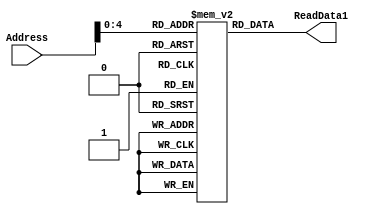
`timescale 1ns / 1ps
//////////////////////////////////////////////////////////////////////////////////
// Company: 
// Engineer: 
// 
// Design Name: 
// Module Name: IMem
// Project Name: 
// Target Devices: 
// Tool Versions: 
// Description: 
// 
// Dependencies: 
// 
// Revision:
// Revision 0.01 - File Created
// Additional Comments:
// 
//////////////////////////////////////////////////////////////////////////////////

module Instruction_Memory(Address, ReadData1);
	parameter BITSIZE = 32;
	parameter REGSIZE = 32;
	//intruction
	input [REGSIZE-1:0] Address;
	output reg [BITSIZE-1:0] ReadData1;

	reg [BITSIZE-1:0] memory_file [0:REGSIZE-1];	// Entire list of memory
    
	// Asyncronous read of memory. Was not specified.
	always @(Address, memory_file[Address])
        begin
            ReadData1 = memory_file[Address];
        end
        
    initial
    begin
        memory_file[0] = 32'b0; // initialize x0 as 0;
    end
    
	integer i;
	// method of filling the memory instead of through a test bench
	initial
		begin
			i = 0;
			
			i = i+1;
			memory_file[i] = 32'b000000000001_00000_000_01100_0010011;   // addi x12,x0,1 x12=1
			i = i+1;
			memory_file[i] = 32'b0_000000_01100_00010_001_0010_0_1100011;  // bne x2, x12, exit(pc+4) 12:0_0000_0000_110

			i = i+1;
			memory_file[i] = 32'b000000000100_01100_000_01100_0010011;   // addi x12,x12,4 x12=5
			
			i = i+1;
			memory_file[i] = 32'b000000000100_01100_000_01100_0010011;   // addi x12,x12,4 x12=5
			
			i = i+1;
			memory_file[i] = 32'b000000000100_01100_000_01100_0010011;   // addi x12,x12,4 x12=5
			
			i = i+1;
			memory_file[i] = 32'b000000000100_01100_000_01100_0010011;   // addi x12,x12,4 x12=5

			i = i+1;
			memory_file[i] = 32'b0000000_01101_01100_000_01100_0110011;  // add x12,x12,x13 x12=5

			i = i+1;
			memory_file[i] = 32'b0000000_01101_01100_110_01110_0110011;  // or x14,x12,x13 x14=5

			i = i+1;
			memory_file[i] = 32'b0000000_01100_01100_111_01111_0110011;  // and x15,x12,x12 x15=5 

			i = i+1;
			memory_file[i] = 32'b0000000_10000_01100_010_00100_0100011;  // sw x16, 4(x12)  dmem[9]=x16=0

			i = i+1;
			memory_file[i] = 32'b000000000000_01101_010_00101_0000011;  // lw x5, 0(x13)  x5=dmem[0]

			i = i+1;
			memory_file[i] = 32'b0100000_00100_01100_000_00010_0110011;  // sub x2,x12,x4
			
			i = i+1;
			memory_file[i] = 32'b0_0000000011_0_00000000_00011_1101111;  // jal  imm=6
			// x3 = pc+1; pc=pc+{imm, 1'b0}
			
			i = i+1;
			memory_file[i] = 32'b0100000_01101_00100_000_00010_0110011;  // sub x2,x4,x13


			i = i+1;
			memory_file[i] = 32'b0000000_01100_00010_001_00100_1100011;  // bne x2, x12, exit(pc+4) 12:0_0000_0000_110
            
            i = i+1;
			memory_file[i] = 32'b000000000011_00000_000_01100_0010011;   // addi x12,x0,3

			i = i+1;
			memory_file[i] = 32'b000000000100_01100_000_01100_0010011;   // addi x12,x12,4 
			
			i = i+1;
			memory_file[i] = 32'b000000000001_00000_000_01100_0010011;   // addi x12,x0,1

			i = i+1;
			memory_file[i] = 32'b000000000100_01100_000_01100_0010011;   // addi x12,x12,4 
			
			i = i+1;
			memory_file[i] = 32'b0100000_01101_00100_000_00010_0110011;  // sub x2,x4,x13
			
			i = i+1;
			memory_file[i] = 32'b0100000_01101_00100_000_00010_0110011;  // sub x2,x4,x13
			
			i = i+1;
			memory_file[i] = 32'b000000000000_00011_000_00011_0010011;   // addi x3,x3,0

		end
endmodule